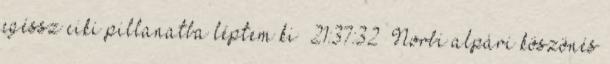
egéssz ciki pillanatba léptem ki 21:37:32 Norbi alpári köszönés